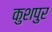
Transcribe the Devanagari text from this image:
कुशपुर